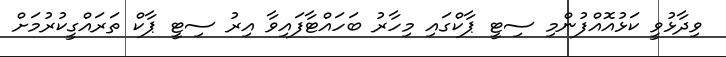
ވިދާޅުވީ ކަޅުއޮއްފުންމި ސިޓީ ޕާކްގައި މިހާރު ބަހައްޓާފައިވާ އިރު ސިޓީ ޕާކް ތަރައްގީކުރުމަށް